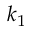
k _ { 1 }